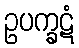
ဥပက္ခဋံ